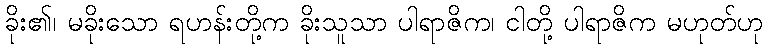
ခိုး၏၊ မခိုးသော ရဟန်းတို့က ခိုးသူသာ ပါရာဇိက၊ ငါတို့ ပါရာဇိက မဟုတ်ဟု